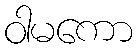
ဝါမကော